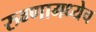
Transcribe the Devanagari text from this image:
रुग्णामध्येच